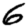
Digit: 6